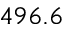
4 9 6 . 6